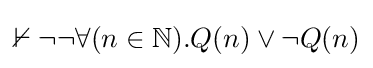
\nvdash \neg \neg \forall (n\in {\mathbb {N} }).Q(n)\lor \neg Q(n)